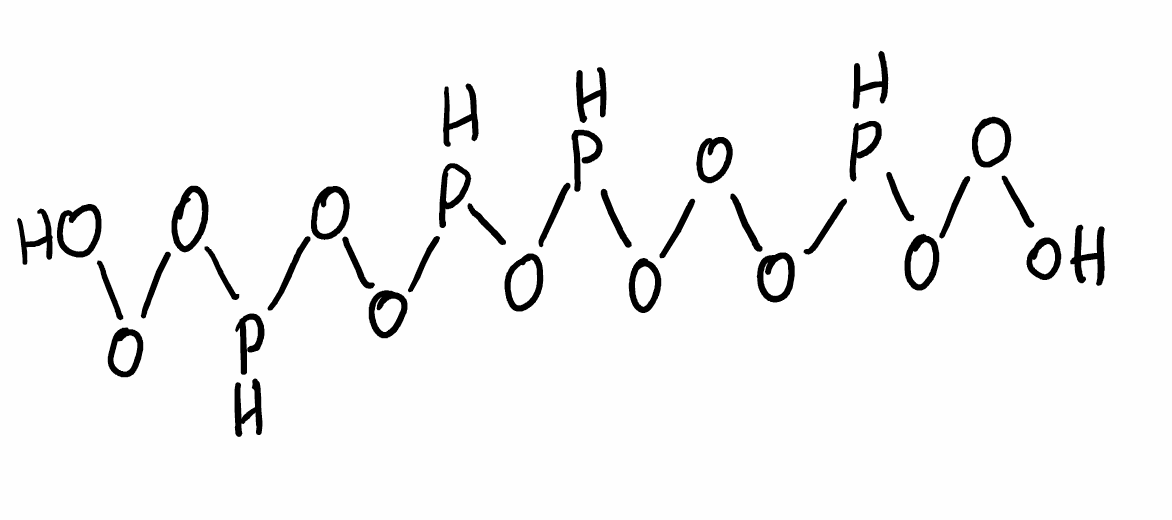
Simplified molecular-input line-entry system (SMILES) notation of the given molecule:
OOOPOOOPOPOOPOOO